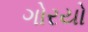
ગોરયો